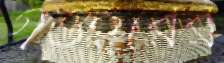
গওহরের